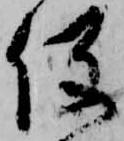
役